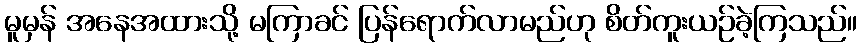
မူမှန် အနေအထားသို့ မကြာခင် ပြန်ရောက်လာမည်ဟု စိတ်ကူးယဉ်ခဲ့ကြသည်။